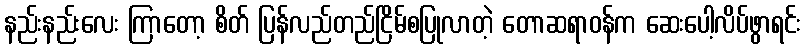
နည်းနည်းလေး ကြာတော့ စိတ် ပြန်လည်တည်ငြိမ်စပြုလာတဲ့ တောဆရာဝန်က ဆေးပေါ့လိပ်ဖွာရင်း